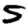
Digit: 5